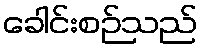
ခေါင်းစဉ်သည်